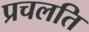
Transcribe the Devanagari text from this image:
प्रचलति